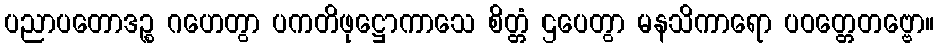
ပညာပတောဒဉ္စ ဂဟေတွာ ပကတိဖုဋ္ဌောကာသေ စိတ္တံ ဌပေတွာ မနသိကာရော ပဝတ္တေတဗ္ဗော။